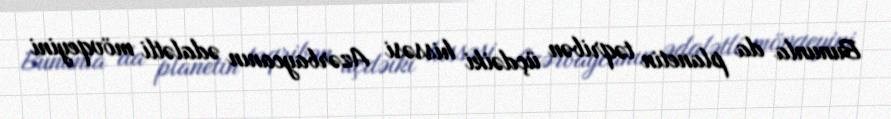
Bununla da planetin təqribən üçdəiki hissəsi Azərbaycanın ədalətli mövqeyini